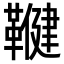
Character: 𮧨